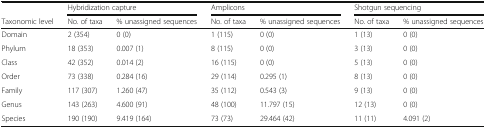
<table><thead><tr><td></td><td colspan="2"><b>Hybridization capture</b></td><td colspan="2"><b>Amplicons</b></td><td colspan="2"><b>Shotgun sequencing</b></td></tr><tr><td><b>Taxonomic level</b></td><td><b>No. of taxa</b></td><td><b>% unassigned sequences</b></td><td><b>No. of taxa</b></td><td><b>% unassigned sequences</b></td><td><b>No. of taxa</b></td><td><b>% unassigned sequences</b></td></tr></thead><tbody><tr><td>Domain</td><td>2 (354)</td><td>0 (0)</td><td>1 (115)</td><td>0 (0)</td><td>1 (13)</td><td>0 (0)</td></tr><tr><td>Phylum</td><td>18 (353)</td><td>0.007 (1)</td><td>8 (115)</td><td>0 (0)</td><td>3 (13)</td><td>0 (0)</td></tr><tr><td>Class</td><td>42 (352)</td><td>0.014 (2)</td><td>16 (115)</td><td>0 (0)</td><td>5 (13)</td><td>0 (0)</td></tr><tr><td>Order</td><td>73 (338)</td><td>0.284 (16)</td><td>29 (114)</td><td>0.295 (1)</td><td>8 (13)</td><td>0 (0)</td></tr><tr><td>Family</td><td>117 (307)</td><td>1.260 (47)</td><td>35 (112)</td><td>0.543 (3)</td><td>9 (13)</td><td>0 (0)</td></tr><tr><td>Genus</td><td>143 (263)</td><td>4.600 (91)</td><td>48 (100)</td><td>11.797 (15)</td><td>12 (13)</td><td>0 (0)</td></tr><tr><td>Species</td><td>190 (190)</td><td>9.419 (164)</td><td>73 (73)</td><td>29.464 (42)</td><td>11 (11)</td><td>4.091 (2)</td></tr></tbody></table>